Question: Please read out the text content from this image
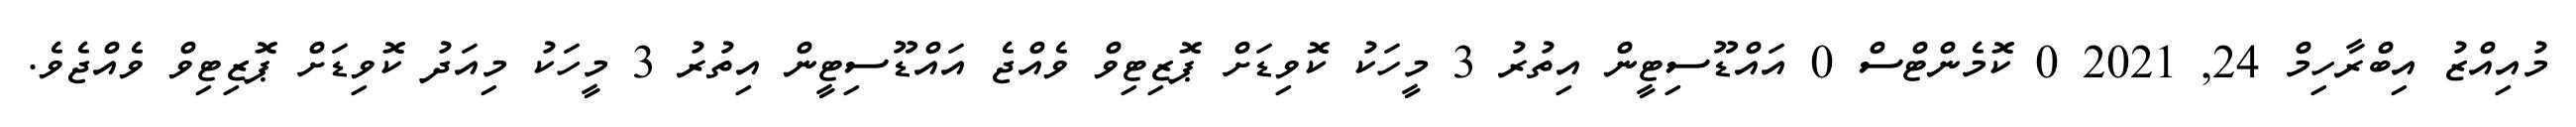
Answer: މުއިއްޒު އިބްރާހިމް 24, 2021 0 ކޮމެންޓްސް 0 އައްޑޫސިޓީން އިތުރު 3 މީހަކު ކޮވިޑަށް ޕޮޒިޓިވް ވެއްޖެ އައްޑޫސިޓީން އިތުރު 3 މީހަކު މިއަދު ކޮވިޑަށް ޕޮޒިޓިވް ވެއްޖެވެ.